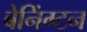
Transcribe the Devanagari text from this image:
बेनिंग्टन